On a parasite found in the white corpuscles of the blood of palm squirrels - Number 24
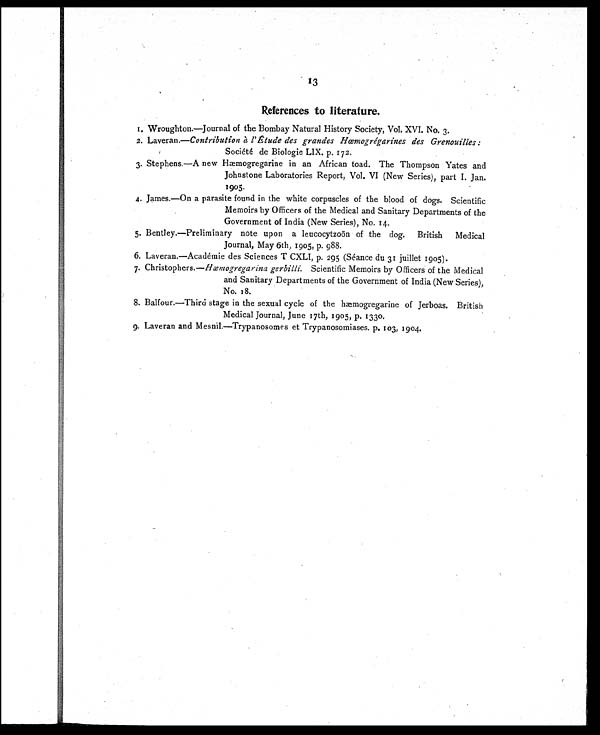
13
References to literature.
1. Wroughton.—Journal of the Bombay Natural History Society, Vol. XVI. No. 3.
2. Laveran.— Contribution à l' Étude des grandes Hœmogrégarines des Grenouilles:
Société de Biologie LIX. p. 172.
3. Stephens.—A new Hæmogregarine in an African toad. The Thompson Yates and
Johnstone Laboratories Report, Vol. VI (New Series), part I. Jan.
1905.
4. James.—On a parasite found in the white corpuscles of the blood of dogs. Scientific
Memoirs by Officers of the Medical and Sanitary Departments of the
Government of India (New Series), No. 14.
5. Bentley.—Preliminary note upon a leucocytzoön of the dog. British Medical
Journal, May 6th, 1905, p. 988.
6. Laveran.—Académie des Sciences T CXLI, p. 295 (Séance du 31 juillet 1905).
7. Christophers.— Hæmogregarina gerbilli. Scientific Memoirs by Officers of the Medical
and Sanitary Departments of the Government of India (New Series),
No. 18.
8. Balfour.—Third stage in the sexual cycle of the hæmogregarine of Jerboas. British
Medical Journal, June 17th, 1905, p. 1330.
9. Laveran and Mesnil.—Trypanosomes et Trypanosomiases. p. 103, 1904.